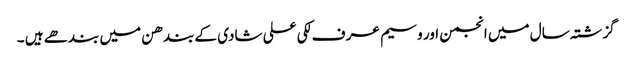
گزشتہ سال میں انجمن اور وسیم عر ف لکی علی شادی کے بندھن میں بندھے ہیں ۔